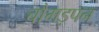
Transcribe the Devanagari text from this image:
चौमड़पन